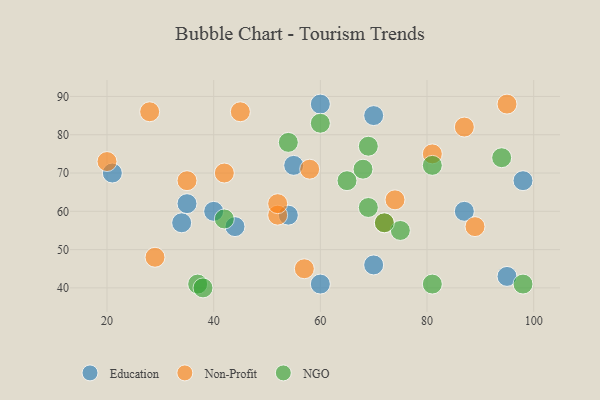
{"axis": {"x": "GDP", "y": "Life Expectancy"}, "legend": ["Education", "NGO", "Non-Profit"], "data": [{"x": "70", "y": 46, "type": "Education"}, {"x": "40", "y": 60, "type": "Education"}, {"x": "60", "y": 88, "type": "Education"}, {"x": "21", "y": 70, "type": "Education"}, {"x": "35", "y": 62, "type": "Education"}, {"x": "87", "y": 60, "type": "Education"}, {"x": "70", "y": 85, "type": "Education"}, {"x": "55", "y": 72, "type": "Education"}, {"x": "54", "y": 59, "type": "Education"}, {"x": "95", "y": 43, "type": "Education"}, {"x": "60", "y": 41, "type": "Education"}, {"x": "98", "y": 68, "type": "Education"}, {"x": "44", "y": 56, "type": "Education"}, {"x": "34", "y": 57, "type": "Education"}, {"x": "35", "y": 68, "type": "Non-Profit"}, {"x": "74", "y": 63, "type": "Non-Profit"}, {"x": "87", "y": 82, "type": "Non-Profit"}, {"x": "45", "y": 86, "type": "Non-Profit"}, {"x": "20", "y": 73, "type": "Non-Profit"}, {"x": "28", "y": 86, "type": "Non-Profit"}, {"x": "52", "y": 59, "type": "Non-Profit"}, {"x": "42", "y": 70, "type": "Non-Profit"}, {"x": "72", "y": 57, "type": "Non-Profit"}, {"x": "29", "y": 48, "type": "Non-Profit"}, {"x": "52", "y": 62, "type": "Non-Profit"}, {"x": "95", "y": 88, "type": "Non-Profit"}, {"x": "81", "y": 75, "type": "Non-Profit"}, {"x": "57", "y": 45, "type": "Non-Profit"}, {"x": "89", "y": 56, "type": "Non-Profit"}, {"x": "58", "y": 71, "type": "Non-Profit"}, {"x": "94", "y": 74, "type": "NGO"}, {"x": "69", "y": 61, "type": "NGO"}, {"x": "68", "y": 71, "type": "NGO"}, {"x": "54", "y": 78, "type": "NGO"}, {"x": "37", "y": 41, "type": "NGO"}, {"x": "81", "y": 41, "type": "NGO"}, {"x": "75", "y": 55, "type": "NGO"}, {"x": "60", "y": 83, "type": "NGO"}, {"x": "98", "y": 41, "type": "NGO"}, {"x": "69", "y": 77, "type": "NGO"}, {"x": "72", "y": 57, "type": "NGO"}, {"x": "42", "y": 58, "type": "NGO"}, {"x": "65", "y": 68, "type": "NGO"}, {"x": "81", "y": 72, "type": "NGO"}, {"x": "38", "y": 40, "type": "NGO"}]}